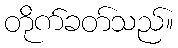
တိုက်ခတ်သည်။